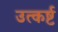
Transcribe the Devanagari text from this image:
उत्कर्ष्ट